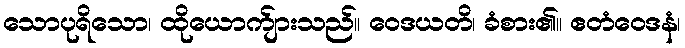
သောပုရိသော၊ ထိုယောက်ျားသည်။ ဝေဒယတိ၊ ခံစား၏။ ဧတံဝေဒနံ၊